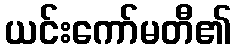
ယင်းကော်မတီ၏